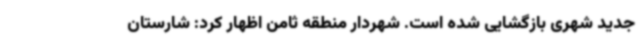
جدید شهری بازگشایی شده‌ است. شهردار منطقه ثامن اظهار کرد: شارستان